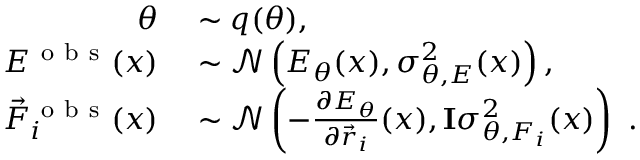
\begin{array} { r l } { \theta } & { { } \sim q ( \theta ) , } \\ { E ^ { \mathrm { ~ o ~ b ~ s ~ } } ( x ) } & { { } \sim \mathcal { N } \left( E _ { \theta } ( x ) , \sigma _ { \theta , E } ^ { 2 } ( x ) \right) , } \\ { \vec { F } _ { i } ^ { \mathrm { ~ o ~ b ~ s ~ } } ( x ) } & { { } \sim \mathcal { N } \left( - \frac { \partial E _ { \theta } } { \partial \vec { r } _ { i } } ( x ) , \mathbf { I } \sigma _ { \theta , F _ { i } } ^ { 2 } ( x ) \right) \ . } \end{array}